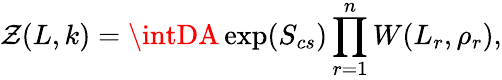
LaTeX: \mathcal{Z}(L,k)=\intDA\exp(S_{cs})\prod_{r=1}^{n}W(L_{r},\rho_{r}),